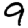
Digit: 9